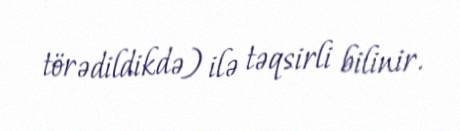
törədildikdə) ilə təqsirli bilinir.